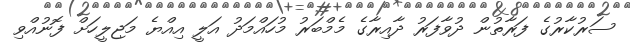
ސަރުކާރުގެ ފަރާތުން ދުވާފަރު ދާއިރާގެ މެމްބަރު މުހައްމަދު އަލީ އިއްޔެ މަޖިލީހަށް ފޮނުއްވި